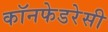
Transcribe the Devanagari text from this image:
कॉनफेडरेसी